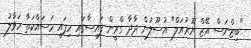
"ބިޒްނަސް އޭޒް ޔޫޜުއަލް" އުސޫލުން ދާދާ ގްރީން ފައިސާގައި ހިފައި މަސައްކަތާ ހަވާލު